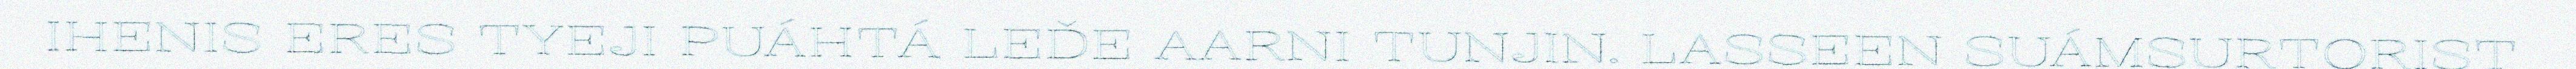
IHENIS ERES TYEJI PUÁHTÁ LEĐE AARNI TUNJIN. LASSEEN SUÁMSURTORIST